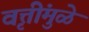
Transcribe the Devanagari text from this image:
वृत्तींमुळे